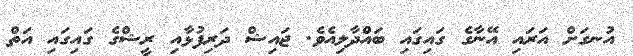
އުނގަށް އަރައި އޭނާގެ ގައިގައި ބައްދާލިއެވެ. ޖައިޝް ދަރިފުޅާއި ރީޝްގެ ގައިގައި އަތް